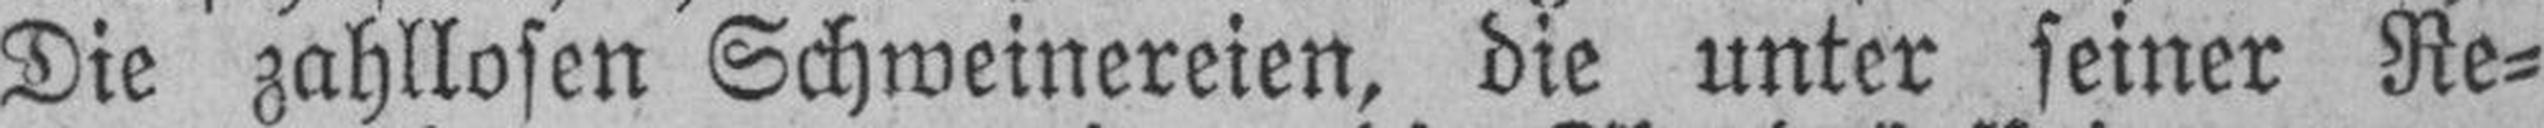
Die zahllosen Schweinereien, die unter seiner Re¬